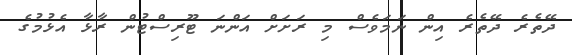
ދޭތެރެ ދޭތެރެ އިން ނަމަވެސް މި ރަށަށް އަންނަ ޓޫރިސްޓުން ރާޅާ އެޅުމުގެ